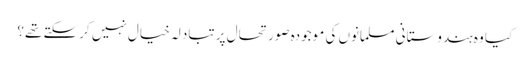
کیا وہ ہندوستانی مسلمانوں کی موجودہ صورتحال پر تبادلہ خیال نہیں کرسکتے تھے؟